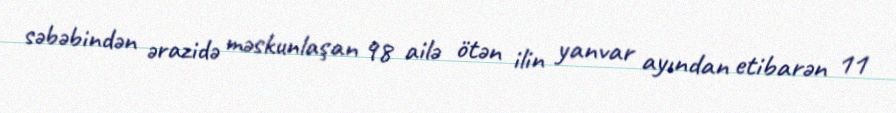
səbəbindən ərazidə məskunlaşan 98 ailə ötən ilin yanvar ayından etibarən 11